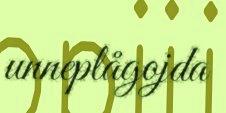
unneplågojda